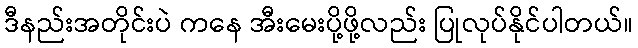
ဒီနည်းအတိုင်းပဲ ကနေ အီးမေးပို့ဖို့လည်း ပြုလုပ်နိုင်ပါတယ်။